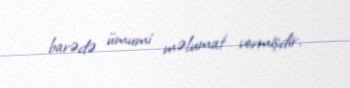
barədə ümumi məlumat vermişdir.